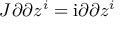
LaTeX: J \o { \partial } { \partial z ^ { i } } = \mathrm { i } \o { \partial } { \partial z ^ { i } }